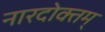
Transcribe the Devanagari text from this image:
नारदोक्तम्